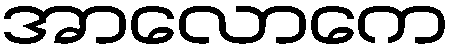
အာလောကေ